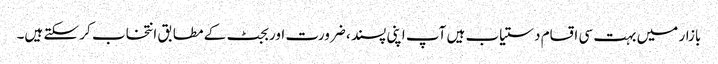
بازار میں بہت سی اقسام دستیاب ہیں آپ اپنی پسند ، ضرورت اور بجٹ کے مطابق انتخاب کر سکتے ہیں۔